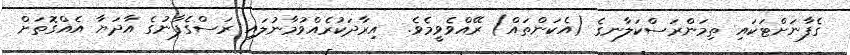
ގެފާނަށްޓަކައި ތިމަންރަސްކަލާނގެ (އެކަންތައް) ރޭއްވެވީމެވެ.  އިރާދަކުރެއްވުމާނުލައި ރަސްގެފާނުގެ އާދަޔާ އެއްގޮތަށް